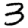
Digit: 3